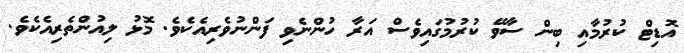
އޮޑިޓް ކުރުމާއި ބިން ސާވޭ ކުރުމުގައިވެސް އަރާ ހުންނެވި ފަންނުވެރިއެކެވެ. މޮޅު ލިއުންތެރިއެކެވެ.